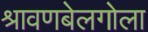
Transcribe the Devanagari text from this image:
श्रावणबेलगोला